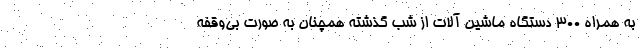
به همراه ۳۰۰ دستگاه ماشین آلات از شب گذشته همچنان به صورت بی‌وقفه